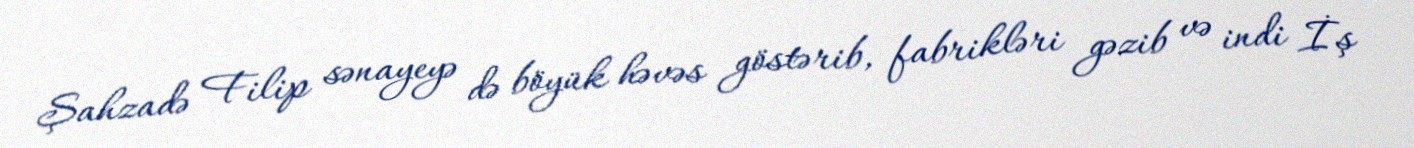
Şahzadə Filip sənayeyə də böyük həvəs göstərib, fabrikləri gəzib və indi İş